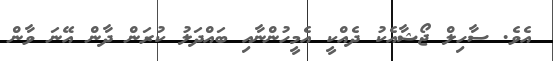
އެވެ. ސާހިލް ޖޯޝާއެކު ދެއްކީ އެމީހުންނާއި ބައްދަލު ކުރަން ދާން އޭނަ ވާން